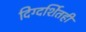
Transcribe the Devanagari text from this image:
दिग्दर्शितही